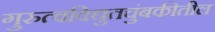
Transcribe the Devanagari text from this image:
गुरुत्वविद्युतचुंबकीतील